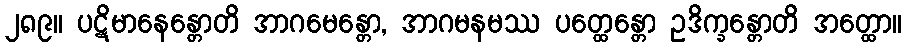
၂၈၉။ ပဋိမာနေန္တောတိ အာဂမေန္တော, အာဂမနမဿ ပတ္ထေန္တော ဥဒိက္ခန္တောတိ အတ္ထော။